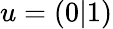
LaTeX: u=\left(0|1\right)